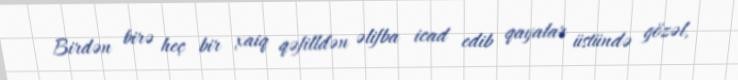
Birdən birə heç bir xaiq qəfilldən əlifba icad edib qayalar üstündə gözəl,